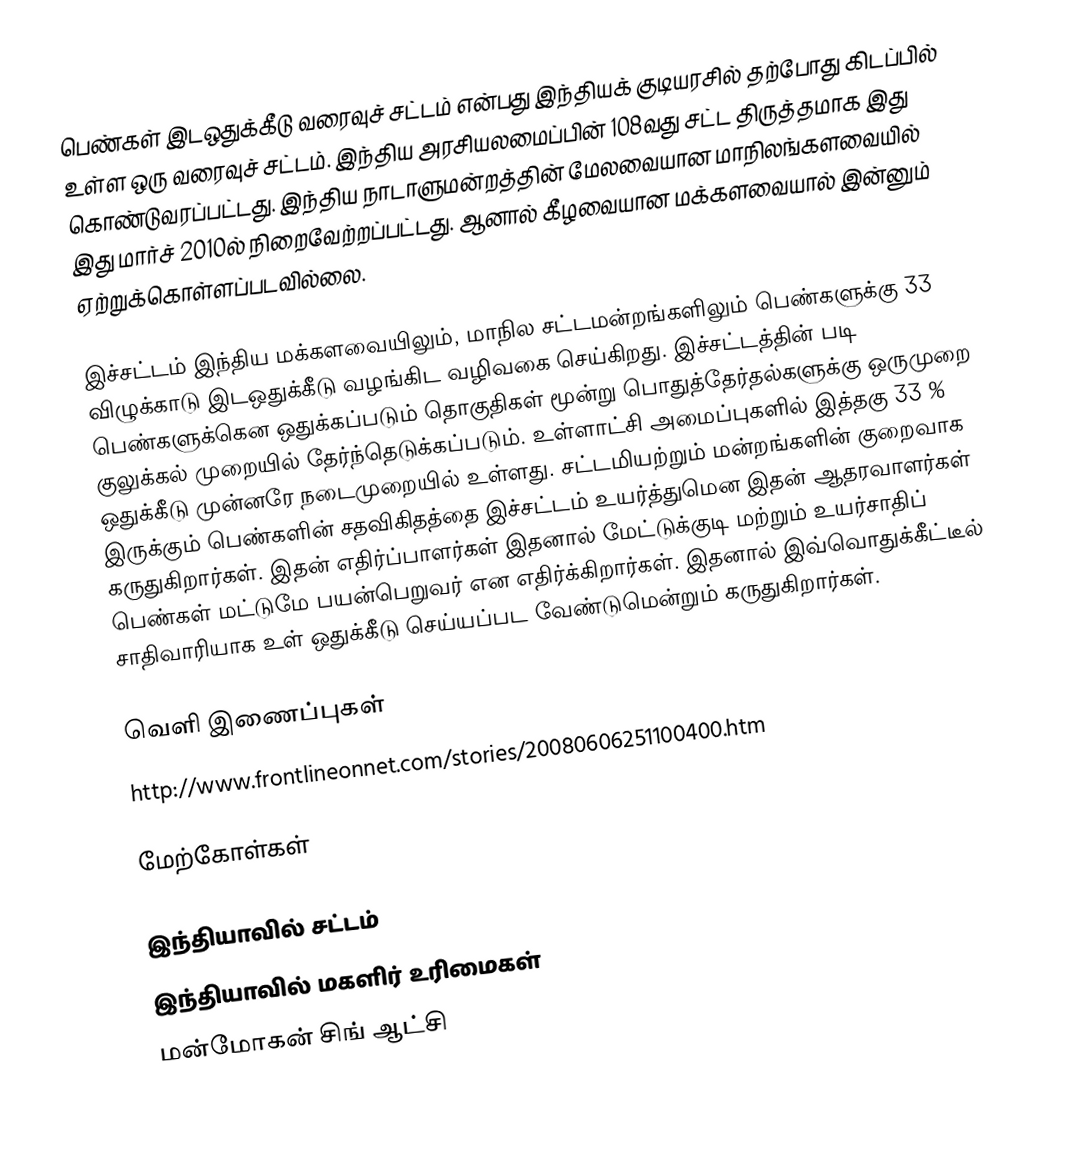
பெண்கள் இடஒதுக்கீடு வரைவுச் சட்டம் என்பது இந்தியக் குடியரசில் தற்போது கிடப்பில் உள்ள ஒரு வரைவுச் சட்டம். இந்திய அரசியலமைப்பின் 108வது சட்ட திருத்தமாக இது கொண்டுவரப்பட்டது. இந்திய நாடாளுமன்றத்தின் மேலவையான மாநிலங்களவையில் இது மார்ச் 2010ல் நிறைவேற்றப்பட்டது. ஆனால் கீழவையான மக்களவையால் இன்னும் ஏற்றுக்கொள்ளப்படவில்லை.

இச்சட்டம் இந்திய மக்களவையிலும், மாநில சட்டமன்றங்களிலும் பெண்களுக்கு 33 விழுக்காடு இடஒதுக்கீடு வழங்கிட வழிவகை செய்கிறது. இச்சட்டத்தின் படி பெண்களுக்கென ஒதுக்கப்படும் தொகுதிகள் மூன்று பொதுத்தேர்தல்களுக்கு ஒருமுறை குலுக்கல் முறையில் தேர்ந்தெடுக்கப்படும். உள்ளாட்சி அமைப்புகளில் இத்தகு 33 % ஒதுக்கீடு முன்னரே நடைமுறையில் உள்ளது. சட்டமியற்றும் மன்றங்களின் குறைவாக இருக்கும் பெண்களின் சதவிகிதத்தை இச்சட்டம் உயர்த்துமென இதன் ஆதரவாளர்கள் கருதுகிறார்கள். இதன் எதிர்ப்பாளர்கள் இதனால் மேட்டுக்குடி மற்றும் உயர்சாதிப் பெண்கள் மட்டுமே பயன்பெறுவர் என எதிர்க்கிறார்கள். இதனால் இவ்வொதுக்கீட்டீல் சாதிவாரியாக உள் ஒதுக்கீடு செய்யப்பட வேண்டுமென்றும் கருதுகிறார்கள்.

வெளி இணைப்புகள்
 http://www.frontlineonnet.com/stories/20080606251100400.htm

மேற்கோள்கள்

இந்தியாவில் சட்டம்
இந்தியாவில் மகளிர் உரிமைகள்
மன்மோகன் சிங் ஆட்சி